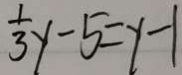
\frac { 1 } { 3 } y - 5 = y - 1